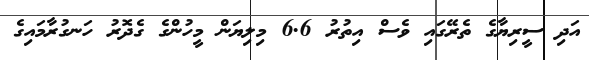
އަދި ސީރިޔާގެ ތެރޭގައި ވެސް އިތުރު 6.6 މިލިޔަން މީހުންގެ ގެދޮރު ހަނގުރާމައިގެ